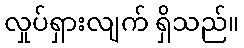
လှုပ်ရှားလျက် ရှိသည်။